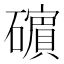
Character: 𥖶